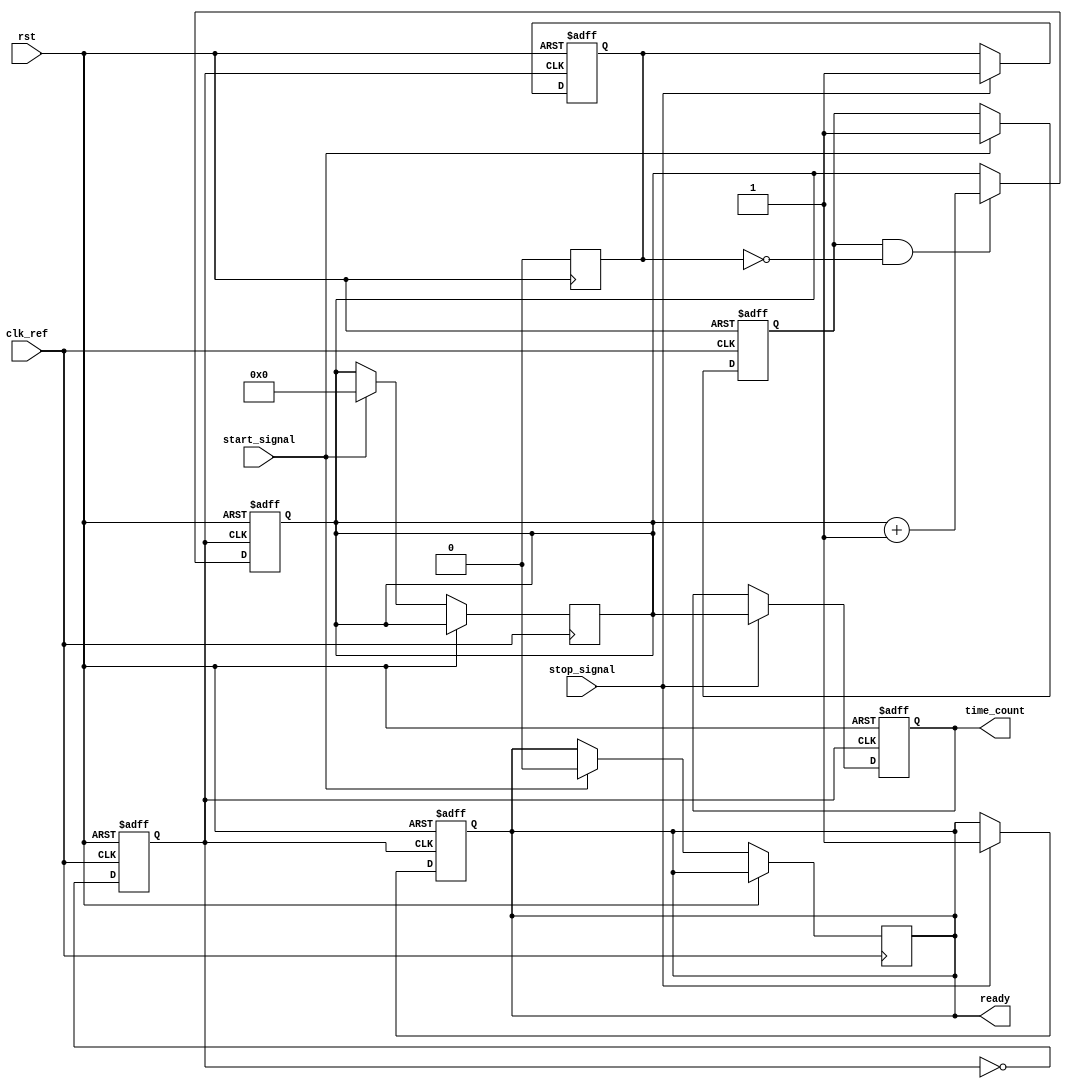
module TDC (
    input wire clk_ref,         // Reference clock input
    input wire start_signal,    // Start signal input
    input wire stop_signal,     // Stop signal input
    input wire rst,             // Reset signal
    output reg [31:0] time_count, // Output time count in binary
    output reg ready            // Ready signal to indicate measurement complete
);

// Internal signals
reg clk_pll;                  // Output clock from PLL
reg [31:0] counter;           // Counter for clock cycles
reg start_detected;           // Flag for start signal detection
reg stop_detected;            // Flag for stop signal detection

// PLL Implementation (simplified for illustration)
always @(posedge clk_ref or posedge rst) begin
    if (rst) begin
        clk_pll <= 0; // Reset PLL output clock
    end else begin
        // Simple toggle logic for PLL output clock for demonstration
        clk_pll <= ~clk_pll; // This simulates a PLL output (for demo purposes)
    end
end

// Start signal detection
always @(posedge clk_ref or posedge rst) begin
    if (rst) begin
        start_detected <= 0;
    end else if (start_signal) begin
        start_detected <= 1;
        counter <= 0; // Reset counter on start signal
        ready <= 0;   // Clear ready signal
    end
end

// Stop signal detection and counting logic
always @(posedge clk_pll or posedge rst) begin
    if (rst) begin
        counter <= 0;
        time_count <= 0;
        ready <= 0;
        stop_detected <= 0;
    end else begin
        if (start_detected && !stop_detected) begin
            counter <= counter + 1; // Increment counter on each PLL clock
        end
        if (stop_signal) begin
            stop_detected <= 1; // Set stop detected flag
            time_count <= counter; // Capture the time count
            ready <= 1;           // Set ready signal to indicate measurement complete
        end
    end
end

// Reset logic to clear the stop detected flag
always @(posedge rst) begin
    stop_detected <= 0; // Clear the stop detected flag on reset
end

endmodule